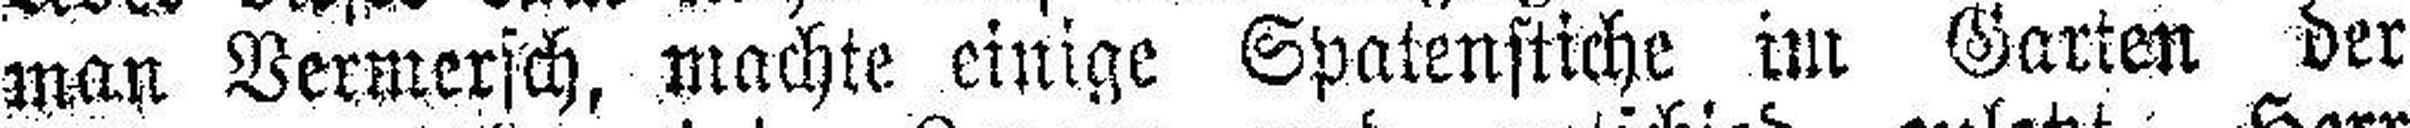
man Vermersch, machte einige Spatenstiche im Garten der